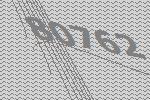
80762